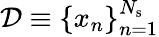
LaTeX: \mathcal{D}\equiv\{ x_{n}\} _{n=1}^{N_{\mathrm{s}}}